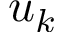
u _ { k }